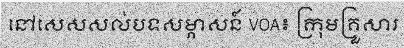
នៅសេសសល់បទសម្ភាសន៍ VOA៖ ក្រុមគ្រួសារ